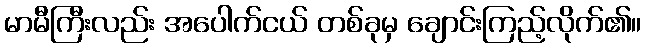
မာမီကြီးလည်း အပေါက်ငယ် တစ်ခုမှ ချောင်းကြည့်လိုက်၏။